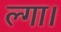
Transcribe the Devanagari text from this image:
ल्गा।